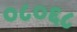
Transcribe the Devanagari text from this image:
०८०६८